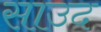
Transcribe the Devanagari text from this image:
साउद